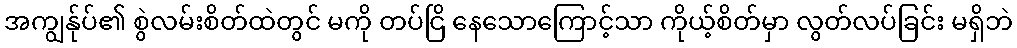
အကျွန်ုပ်၏ စွဲလမ်းစိတ်ထဲတွင် မကို တပ်ငြိ နေသောကြောင့်သာ ကိုယ့်စိတ်မှာ လွတ်လပ်ခြင်း မရှိဘဲ